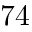
7 4